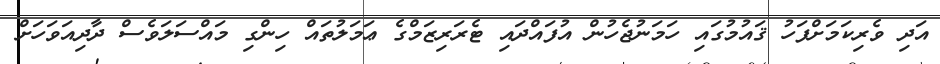
އަދި ވެރިކަމަށްފަހު ޤައުމުގައި ހަމަނުޖެހުން އުފައްދައި ޓެރަރިޒަމްގެ ޢަމަލުތައް ހިންގި މައްސަލަވެސް ދާދިއަވަހަށް